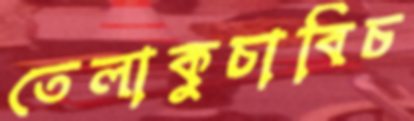
তেলাকুচাবিচ